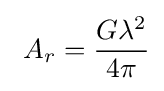
\ A_{r}={\frac {G\lambda ^{2}}{4\pi }}